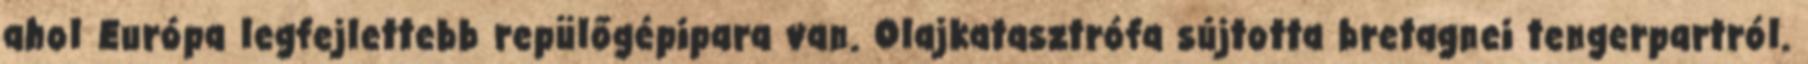
ahol Európa legfejlettebb repülőgépipara van. Olajkatasztrófa sújtotta bretagnei tengerpartról.